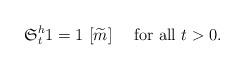
LaTeX: \begin{align*}\mathfrak{S}^{h}_{t}1=1\ [\widetilde{m}]\quad\mbox{ for all }t>0.\end{align*}